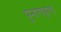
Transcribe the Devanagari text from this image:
पुनारावृत्या